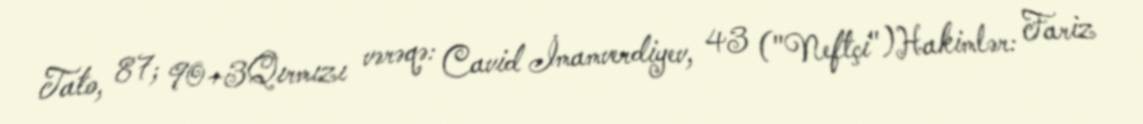
Tato, 87; 90+3Qırmızı vərəqə: Cavid İmamverdiyev, 43 ("Neftçi")Hakimlər: Fariz